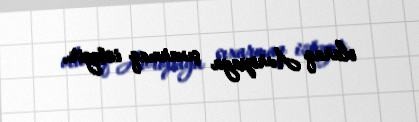
olaraq Avropaya çıxarmaq istəyir.